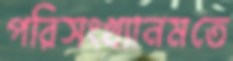
পরিসংখ্যানমতে